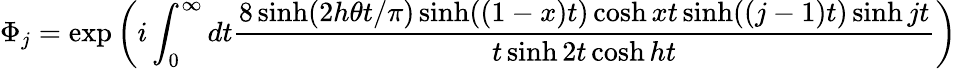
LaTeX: \Phi_{j}=\exp\left(i\int_{0}^{\infty}dt\frac{8\sinh(2h\theta t/\pi)\sinh((1-x)t)\cosh xt\sinh((j-1)t)\sinh jt}{t\sinh 2t\cosh ht}\right)